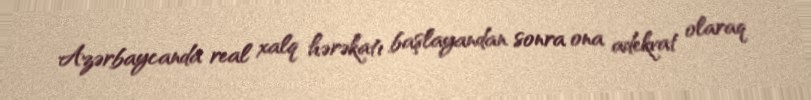
Azərbaycanda real xalq hərəkatı başlayandan sonra ona adekvat olaraq